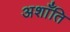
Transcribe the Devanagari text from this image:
अशाँति